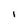
Character: I